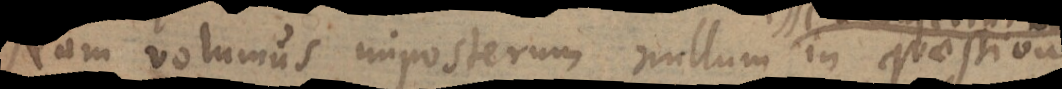
Nam volumus imposterum nullum in quaestione